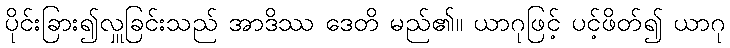
ပိုင်းခြား၍လှူခြင်းသည် အာဒိဿ ဒေတိ မည်၏။ ယာဂုဖြင့် ပင့်ဖိတ်၍ ယာဂု